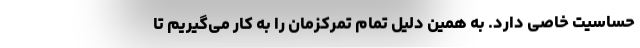
حساسیت خاصی دارد. به همین دلیل تمام تمرکزمان را به کار می‌گیریم تا